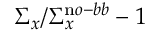
\Sigma _ { x } / \Sigma _ { x } ^ { \mathrm n o - b b } - 1